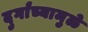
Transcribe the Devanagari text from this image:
दुर्गांच्यामुळे